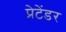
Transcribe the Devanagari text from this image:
प्रेटेंडर